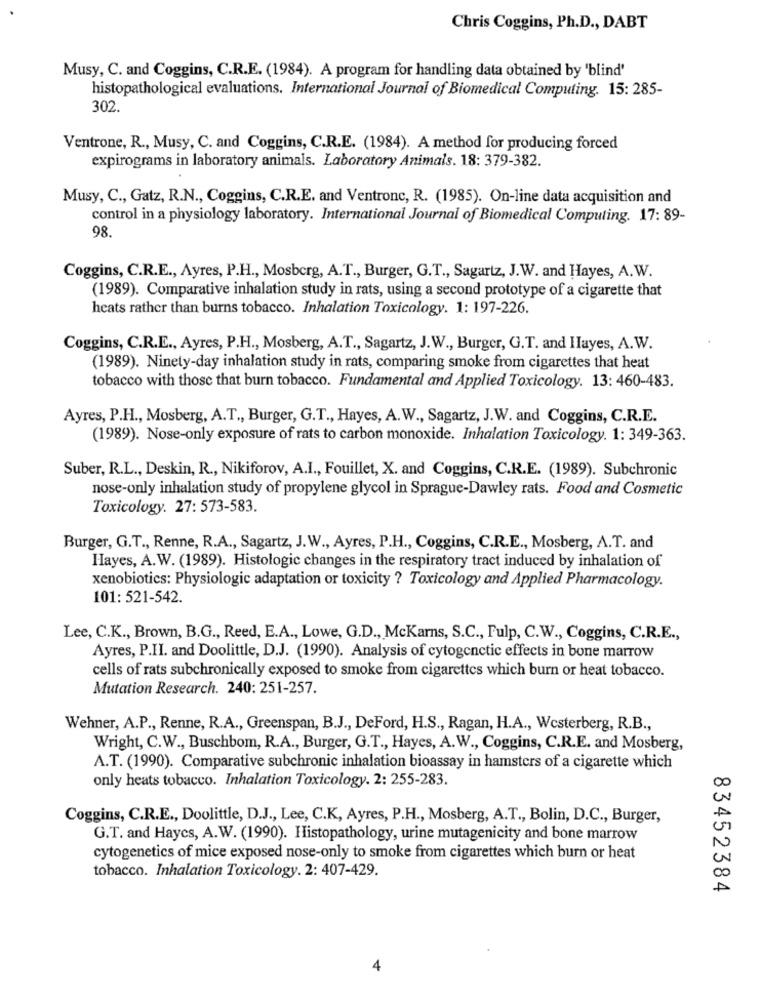
Chris Coggins, Ph.D ., DABT
Musy, C. and Coggins, C.R.E. (1984). A program for handling data obtained by 'blind'
histopathological evaluations. International Journal of Biomedical Computing. 15: 285-
302.
Ventrone, R ., Musy, C. and Coggins, C.R.E. (1984). A method for producing forced
expirograms in laboratory animals. Laboratory Animals. 18: 379-382.
Musy, C ., Gatz, R.N ., Coggins, C.R.E. and Ventronc, R. (1985). On-line data acquisition and
control in a physiology laboratory. International Journal of Biomedical Computing. 17: 89-
98.
Coggins, C.R.E ., Ayres, P.H ., Mosberg, A.T ., Burger, G.T ., Sagartz, J.W. and Hayes, A.W.
(1989). Comparative inhalation study in rats, using a second prototype of a cigarette that
heats rather than burns tobacco. Inhalation Toxicology. 1: 197-226.
Coggins, C.R.E ., Ayres, P.H ., Mosberg, A.T ., Sagartz, J.W ., Burger, G.T. and Hayes, A.W.
(1989). Ninety-day inhalation study in rats, comparing smoke from cigarettes that heat
tobacco with those that burn tobacco. Fundamental and Applied Toxicology. 13: 460-483.
Ayres, P.H ., Mosberg, A.T ., Burger, G.T ., Hayes, A.W ., Sagartz, J.W. and Coggins, C.R.E.
(1989). Nose-only exposure of rats to carbon monoxide. Inhalation Toxicology. 1: 349-363.
Suber, R.L ., Deskin, R ., Nikiforov, A.I ., Fouillet, X. and Coggins, C.R.E. (1989). Subchronic
nose-only inhalation study of propylene glycol in Sprague-Dawley rats. Food and Cosmetic
Toxicology. 27: 573-583.
Burger, G.T ., Renne, R.A ., Sagartz, J.W ., Ayres, P.H ., Coggins, C.R.E ., Mosberg, A.T. and
Hayes, A.W. (1989). Histologic changes in the respiratory tract induced by inhalation of
xenobiotics: Physiologic adaptation or toxicity ? Toxicology and Applied Pharmacology.
101: 521-542.
Lee, C.K ., Brown, B.G ., Reed, E.A ., Lowe, G.D ., McKarns, S.C ., Fulp, C.W ., Coggins, C.R.E .,
Ayres, P.II. and Doolittle, D.J. (1990). Analysis of cytogenetic effects in bone marrow
cells of rats subchronically exposed to smoke from cigarettes which burn or heat tobacco.
Mutation Research. 240: 251-257.
Wehner, A.P ., Renne, R.A ., Greenspan, B.J ., DeFord, H.S ., Ragan, H.A ., Westerberg, R.B .,
Wright, C.W ., Buschbom, R.A ., Burger, G.T ., Hayes, A.W ., Coggins, C.R.E. and Mosberg,
A.T. (1990). Comparative subchronic inhalation bioassay in hamsters of a cigarette which
only heats tobacco. Inhalation Toxicology. 2: 255-283.
Coggins, C.R.E ., Doolittle, D.J ., Lee, C.K, Ayres, P.H ., Mosberg, A.T ., Bolin, D.C ., Burger,
G.T. and Haycs, A.W. (1990). Histopathology, urine mutagenicity and bone marrow
cytogenetics of mice exposed nose-only to smoke from cigarettes which burn or heat
tobacco. Inhalation Toxicology. 2: 407-429.
83452384
4